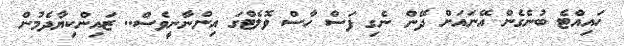
ހައިއްޓެ ބުނެގެން އޭނައަށް ދޭން ނެގި ފަސް ހާސް ވޮލެޓްގަ އިންނާނީވެސް.. ޒައިންކިޔާދެމުން